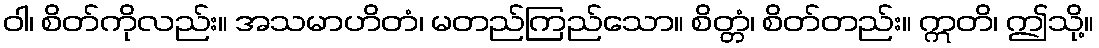
ဝါ၊ စိတ်ကိုလည်း။ အသမာဟိတံ၊ မတည်ကြည်သော။ စိတ္တံ၊ စိတ်တည်း။ ဣတိ၊ ဤသို့။